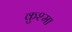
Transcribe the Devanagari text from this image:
कुश्‍मा